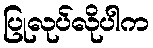
ပြုလုပ်လိုပါက